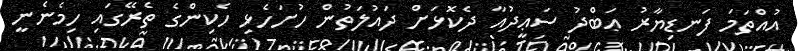
އުއްތަމަ ފަނޑިޔާރު ޢަބްދު ސަޢީދުއާ ދެކޮޅަށް ދައުލަތުން ހުށަހެޅި ހެކިންގެ ތެރޭގައި ހިމެނެނީ